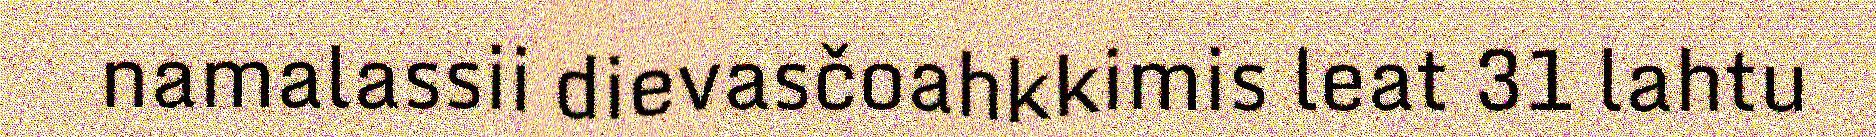
namalassii dievasčoahkkimis leat 31 lahtu